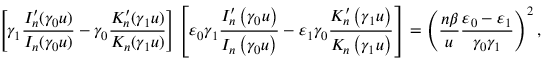
\left[ \gamma _ { 1 } \frac { I _ { n } ^ { \prime } ( \gamma _ { 0 } u ) } { I _ { n } ( \gamma _ { 0 } u ) } - \gamma _ { 0 } \frac { K _ { n } ^ { \prime } ( \gamma _ { 1 } u ) } { K _ { n } ( \gamma _ { 1 } u ) } \right] \left[ \varepsilon _ { 0 } \gamma _ { 1 } \frac { I _ { n } ^ { \prime } \left( \gamma _ { 0 } u \right) } { I _ { n } \left( \gamma _ { 0 } u \right) } - \varepsilon _ { 1 } \gamma _ { 0 } \frac { K _ { n } ^ { \prime } \left( \gamma _ { 1 } u \right) } { K _ { n } \left( \gamma _ { 1 } u \right) } \right] = \left( \frac { n \beta } { u } \frac { \varepsilon _ { 0 } - \varepsilon _ { 1 } } { \gamma _ { 0 } \gamma _ { 1 } } \right) ^ { 2 } ,